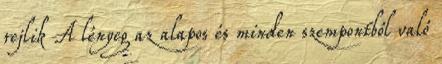
rejlik A lényeg az alapos és minden szempontból való